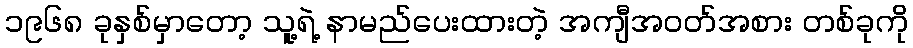
၁၉၆၈ ခုနှစ်မှာတော့ သူ့ရဲ့ နာမည်ပေးထားတဲ့ အကျီအဝတ်အစား တစ်ခုကို